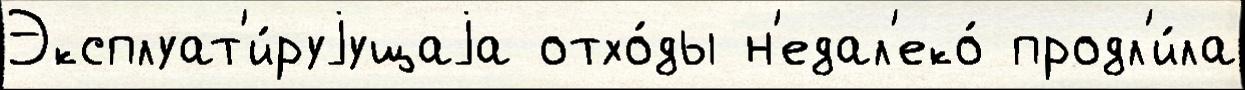
Эксплуат'и́руjущаjа отхо́ды н'едал'еко́ продл'и́ла